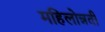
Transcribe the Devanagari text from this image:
महिलोन्नती